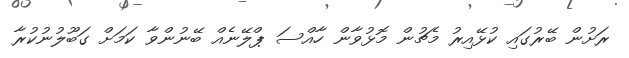
ރަށުން ބޭރުގައި ކުޅޭއިރު މެޗުން މޮޅުވާން ހާއްސަ ޕްލޭނެއް ބޭނުންވާ ކަމަށް ގަބޫލުނުކުރާ